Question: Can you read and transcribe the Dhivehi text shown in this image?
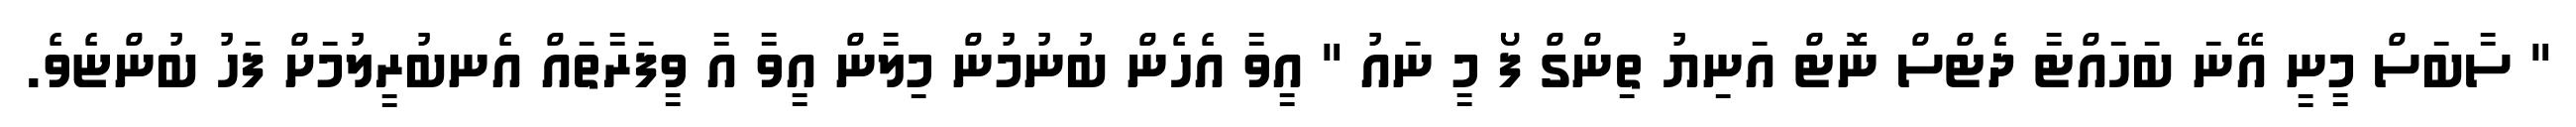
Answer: " ސާބަސް މީނީ އޭނަ ބަހައްޓާ ދެޓްސް ނޮޓް އަނިޔު ތިންގް ފޯ މީ ނައު " އީވާ އެހެން ބުނުމުން މިލާން އީވާ އާ ވީފަރާތައް އެނބުރީލުމަށް ފަހު ބުންޏެވެ.